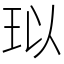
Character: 𤤳